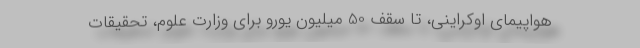
هواپیمای اوكراینی، تا سقف 50 میلیون یورو برای وزارت علوم، تحقیقات